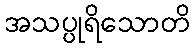
အသပ္ပုရိသောတိ